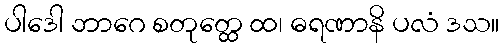
ပါဒေါ ဘာဂေ စတုတ္ထေ ထ၊ ဓရဏာနိ ပလံ ဒသ။